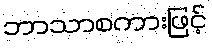
ဘာသာစကားဖြင့်